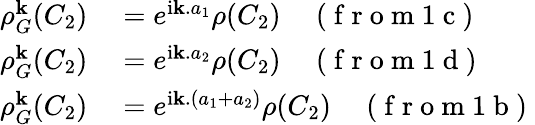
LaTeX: \begin{array}{rl}{\rho_{G}^{\mathbf k}(C_{2})}&{{}=e^{\mathrm{i}{\mathbf k.a_{1}}}\rho(C_{2})\quad\mathrm{~(~f~r~o~m~1~c~)~}}\\ {\rho_{G}^{\mathbf k}(C_{2})}&{{}=e^{\mathrm{i}{\mathbf k.a_{2}}}\rho(C_{2})\quad\mathrm{~(~f~r~o~m~1~d~)~}}\\ {\rho_{G}^{\mathbf k}(C_{2})}&{{}=e^{\mathrm{i}{\mathbf k.(a_{1}+a_{2})}}\rho(C_{2})\quad\mathrm{~(~f~r~o~m~1~b~)~}}\end{array}